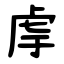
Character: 䖉